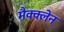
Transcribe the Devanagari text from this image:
मैक्क्लेन